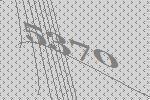
5370